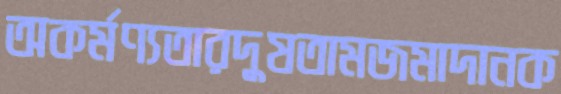
অকর্মণ্যতারদুষতামজমাদানক